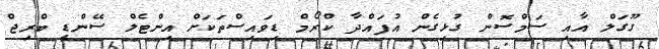
ގޫގަލް އާއި ސަމްސޮން ގުޅިގެން އުފައްދާ ކްރޯމް ޑިވައިސްތަކަށް އިންޓެލް ސޭންޑީ ބްރިޖް